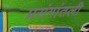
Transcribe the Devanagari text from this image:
प्रसंगांतली